Medical and sanitary report on the native army of Bombay for the year
Year: 1878
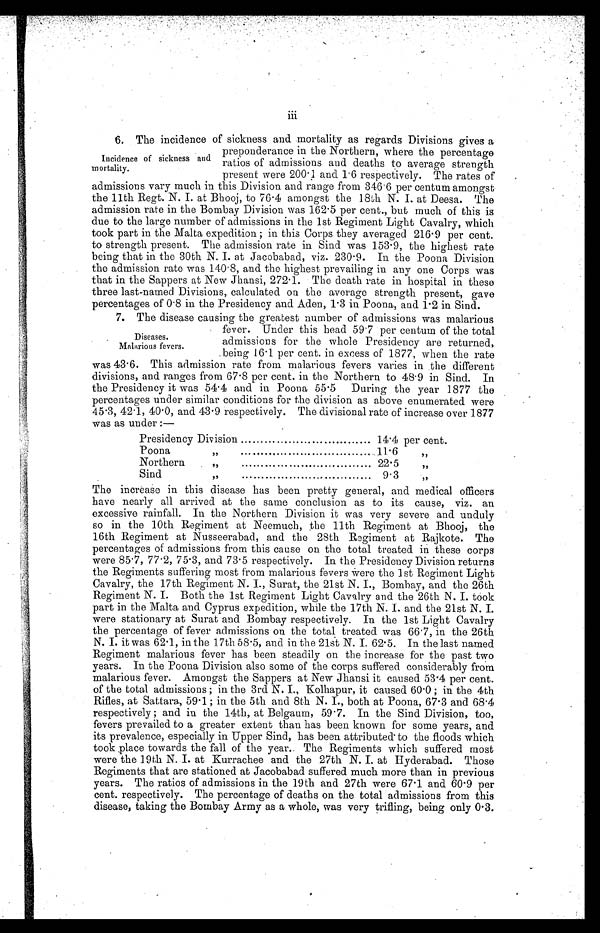
6. The incidence of sickness and mortality as regards Divisions gives a
Incidence of sickness and
mortality.
preponderance in the Northern, where the percentage
ratios of admissions and deaths to average strength
present were 200 . 1 and 1 . 6 respectively. The rates of
admissions vary much in this Division and range from 346 . 6 per centum amongst
the 11th Regt. N. I. at Bhooj, to 76 . 4 amongst the 18th N. I. at Deesa. The
admission rate in the Bombay Division was 162 . 5 per cent., but much of this is
due to the lare number of admissions in the 1st Regiment Light Cavalry, which
took part in the Malta expedition ; in this Corps they averaged 216 . 9 per cent.
to strength present. The admission rate in Sind was 153 . 9, the highest rate
being that in the 30th N. I. at Jacobabad, viz. 230 . 9. In the Poona Division
the admission rate was 140 . 8, and the highest prevailing iu any one Corps was
that in the Sappers at New Jhansi, 272 . 1. The death rate in hospital in these
three last-named Divisions, calculated on the average strength present, gave
percentages of 0 . 8 in the Presidency and Aden, 1 . 3 in Poona, and 1 . 2 in Sind.
7. The disease causing the greatest number of admissions was malarious
fever. Under this head 59.7 per centum of the total
admissions for the whole Presidency are returned,
being 16 . 1 per cent. in excess of 1877, when the rate
was 436. This admission rate from malarious fevers varies in the different
divisions, and ranges from 67.8 per cent. in the Northern to 48.9 in Sind. In
the Presidency it was 54 . 4 and in Poona 55.5 During the year 1877 the
percentages under similar conditions for the division as above enumerated were
45 . 3, 42.1, 40.0, and 43 . 9 respectively. The divisional rate of increase over 1877
was as under :—
Presidency Division
14.4 per cent.
Poona
, ,
1 1 . 6
,,
Northern
, ,
2 2 . 5
,,
Sind
,,
9.3
,,
The increase in this disease has been pretty general, and medical officers
have nearly all arrived at the same conclusion as to its cause, viz. an
excessive rainfall. In the Northern Division it was very severe and unduly
so in the 10th Regiment at Neemuch, the 11th Regiment at Bhooj, the
16th Regiment at Nusseerabad, and the 28th Regiment at Rajkote. The
percentages of admissions from this cause on the total treated in these corps
were 85 . 7, 77 . 2, 75. 3, and 73 . 5 respectively. In the Presidency Division returns
the Regiments suffering most from malarious fevers were the 1st Regiment Light
Cavalry, the 17th Regiment N. I., Surat, the 21st N. I., Bombay, and the 26th
Regiment N. I. Both the 1st Regiment Light Cavalry and the 26th N. I. took
part in the Malta and Cyprus expedition, while the 17th N. I. and the 21st N. I.
were stationary at Surat and Bombay respectively. In the 1st Light Cavalry
the percentage of fever admissions on the total treated was 66.7, in the 26th
N. I. it was 62. 1, in the 17th 58 . 5, and in the 21st N. I. 62 . 5. In the last named
Regiment malarious fever has been steadily on the increase for the past two
years. In the Poona Division also some of the corps suffered considerably from
malarious fever. Amongst the Sappers at New Jhansi it caused 53.4 per cent.
of the total admissions; in the 3rd N. I., Kolhapur, it caused 60 . 0 ; in the 4th
Rifles, at Sattara, 59 . 1; in the 5th and 8th N. I., both at Poona, 67.3 and 68.4
respectively ; and in the 14th, at Belgaum, 59 . 7. In the Sind Division, too,
fevers prevailed to a greater extent than has been known for some years, and
its prevalence, especially in Upper Sind, has been attributed to the floods which
took place towards the fall of the year.. The Regiments which suffered most
were the 19th N. I. at Kurrachee and the 27th N. I. at Hyderabad. Those
Regiments that are stationed at Jacobabad suffered much more than in previous
years. The ratios of admissions in the 19th and 27th were 67.1 and 60.9 per
cent. respectively. The percentage of deaths on the total admissions from this
disease, taking the Bombay Army as a whole, was very trifling, being only 0.3.
Diseases.
Malarious fevers.